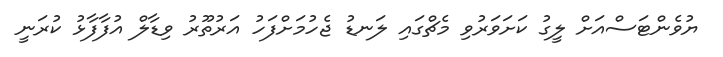
ޔުވެންޓަސްއަށް ލީގު ކަށަވަރުވި މެޗްގައި ލަނޑު ޖެހުމަށްފަހު އަރުތޫރު ވިޑާލް އުފާފާޅު ކުރަނީ